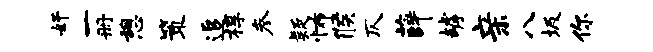
奸一册憩策追椁参疑怖候仄薛罅亲八圾你